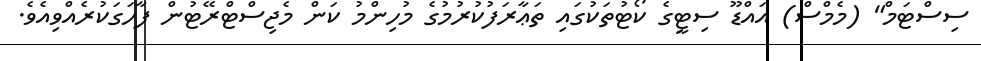
ސިސްޓަމް" (މެމްސް) އައްޑޫ ސިޓީގެ ކޯޓުތަކުގައި ތަޢާރަފުކުރުމުގެ މުހިންމު ކަން މެޖިސްޓްރޭޓުން ފާހަގަކުރެއްވިއެވެ.